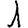
Digit: 1